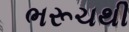
ભરૂચથી